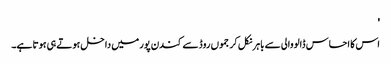
'
اس کا احساس ڈالووالی سے باہر نکل کر جموں روڈ سے کندن پور میں داخل ہوتے ہی ہوتا ہے۔